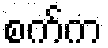
စက်က